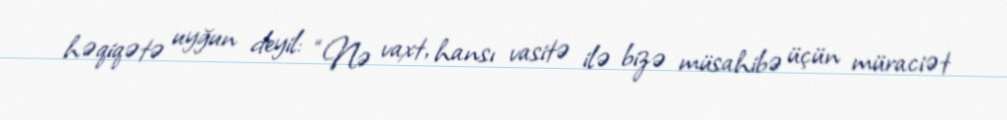
həqiqətə uyğun deyil: “Nə vaxt, hansı vasitə ilə bizə müsahibə üçün müraciət